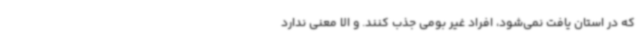
که در استان یافت نمی‌شود، افراد غیر بومی جذب کنند. و الا معنی ندارد